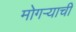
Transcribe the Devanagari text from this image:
मोगऱ्याची